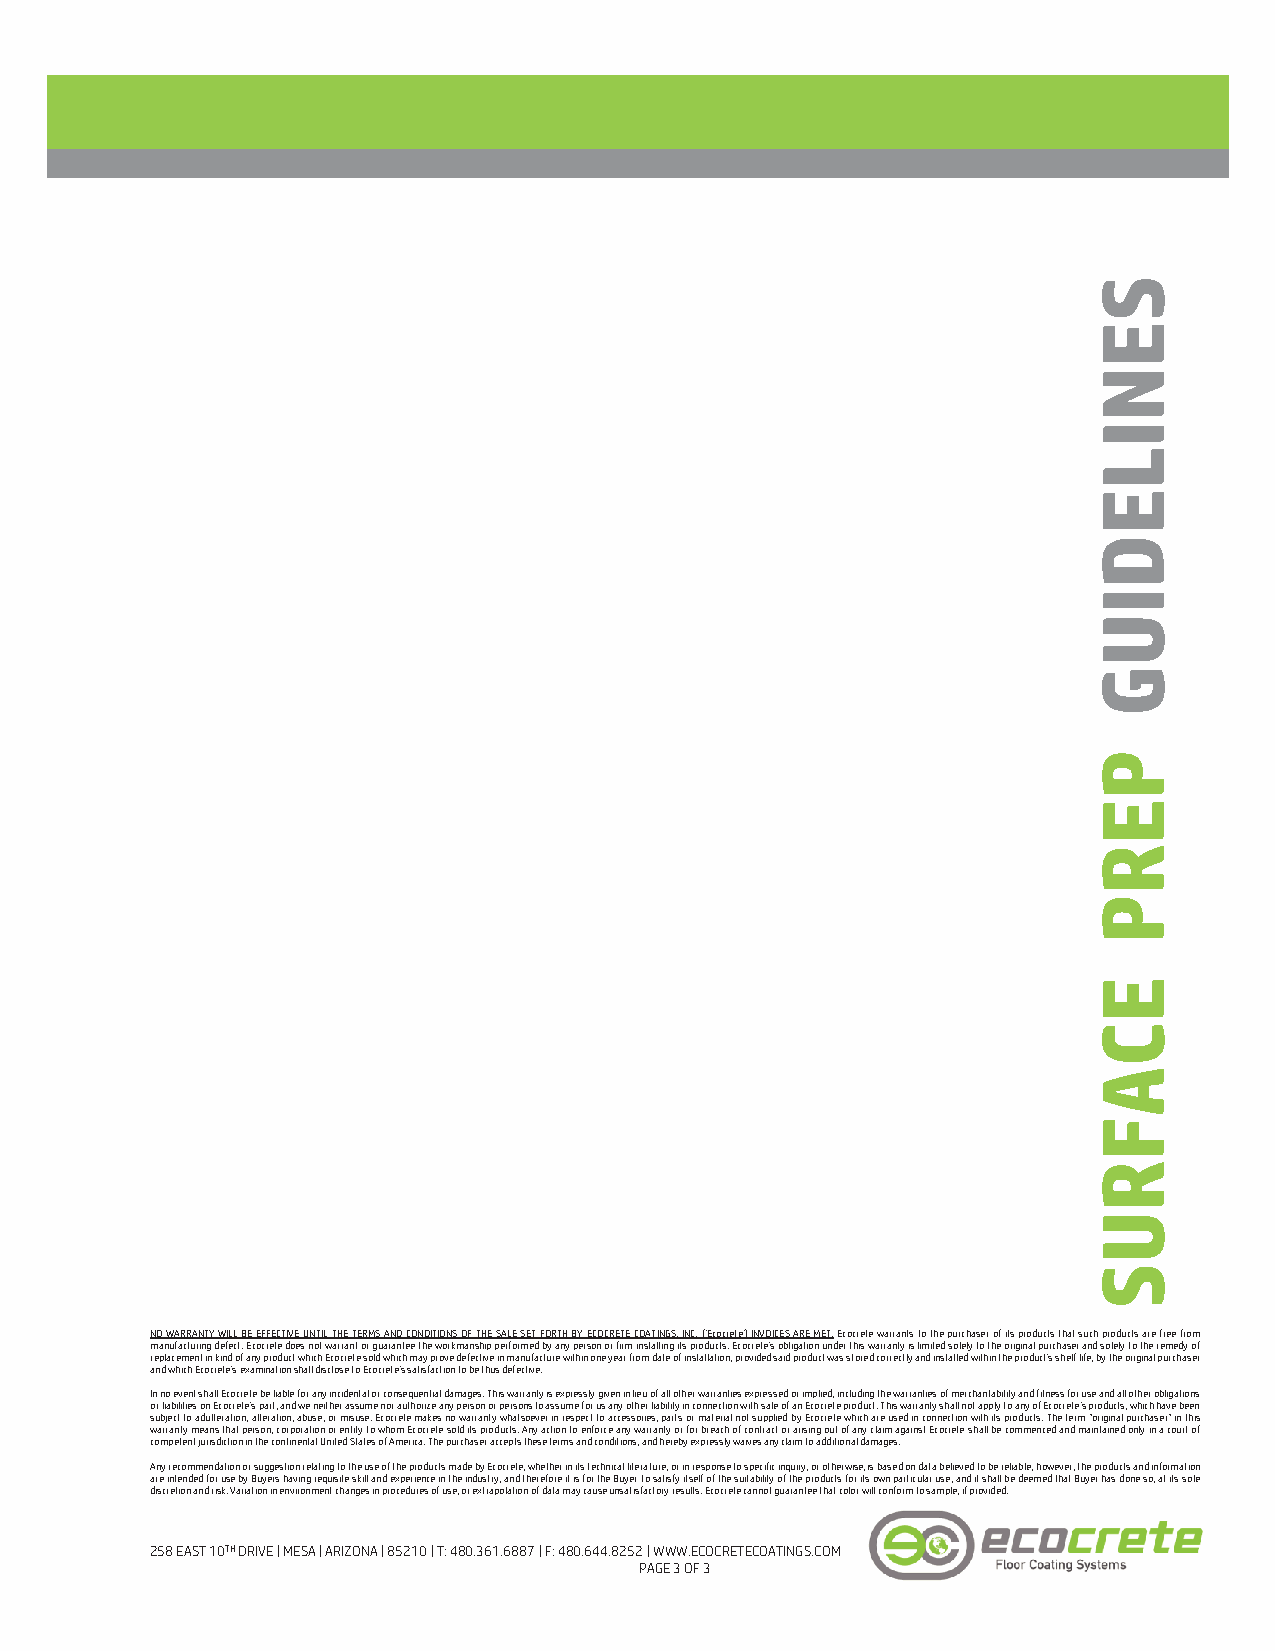
S
 E
 N
 I
 L
 E
 D
 I
 U
 G
 P
 E
 R
 P
 E
 C
 A
 F
 R
 U
 S
 NO WARRANTY WILL BE EFFECTIVE UNTIL THE TERMS AND CONDITIONS OF THE SALE SET FORTH BY ECOCRETE COATINGS, INC. (‘Ecocrete’) INVOICES ARE MET. Ecocrete warrants to the purchaser of its products that such products are free from
 manufacturing defect. Ecocrete does not warrant or guarantee the workmanship performed by any person or firm installing its products. Ecocrete’s obligation under this warranty is limited solely to the original purchaser and solely to the remedy of
 replacement in kind of any product which Ecocrete sold which may prove defective in manufacture within one year from date of installation, provided said product was stored correctly and installed within the product’s shelf life, by the original purchaser
 and which Ecocrete’s examination shall disclose to Ecocrete’s satisfaction to be thus defective.
 In no event shall Ecocrete be liable for any incidental or consequential damages. This warranty is expressly given in lieu of all other warranties expressed or implied, including the warranties of merchantability and fitness for use and all other obligations
 or liabilities on Ecocrete’s part, and we neither assume nor authorize any person or persons to assume for us any other liability in connection with sale of an Ecocrete product. This warranty shall not apply to any of Ecocrete’s products, which have been
 subject to adulteration, alteration, abuse, or misuse. Ecocrete makes no warranty whatsoever in respect to accessories, parts or material not supplied by Ecocrete which are used in connection with its products. The term “original purchaser” in this
 warranty means that person, corporation or entity to whom Ecocrete sold its products. Any action to enforce any warranty or for breach of contract or arising out of any claim against Ecocrete shall be commenced and maintained only in a court of
 competent jurisdiction in the continental United States of America. The purchaser accepts these terms and conditions, and hereby expressly waives any claim to additional damages.
 Any recommendation or suggestion relating to the use of the products made by Ecocrete, whether in its technical literature, or in response to specific inquiry, or otherwise, is based on data believed to be reliable; however, the products and information
 are intended for use by Buyers having requisite skill and experience in the industry, and therefore it is for the Buyer to satisfy itself of the suitability of the products for its own particular use, and it shall b e deemed that Buyer has done so, at its sole
 discretion and risk. Variation in environment changes in procedures of use, or extrapolation of data may cause unsatisfactory results. Ecocrete cannot guarantee that color will conform to sample, if provided.
 258 EAST 10TH DRIVE | MESA | ARIZONA | 85210 | T: 480.361.6887 | F: 480.644.8252 | WWW.ECOCRETECOATINGS.COM
 PAGE 3 OF 3